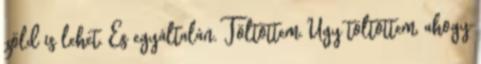
zöld is lehet. És egyáltalán. Töltöttem. Úgy töltöttem, ahogy